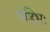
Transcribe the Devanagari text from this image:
षड्भिः